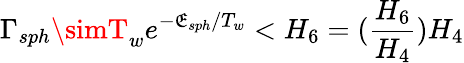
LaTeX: \Gamma_{sph}\simT_{w}e^{-\mathfrak{E}_{sph}/T_{w}}<H_{6}=(\frac{{H_{6}}}{{H_{4}}})H_{4}